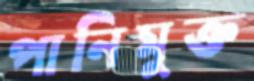
পানিমুক্ত